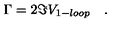
\Gamma = 2 \Im V _ { 1 - l o o p } \quad .